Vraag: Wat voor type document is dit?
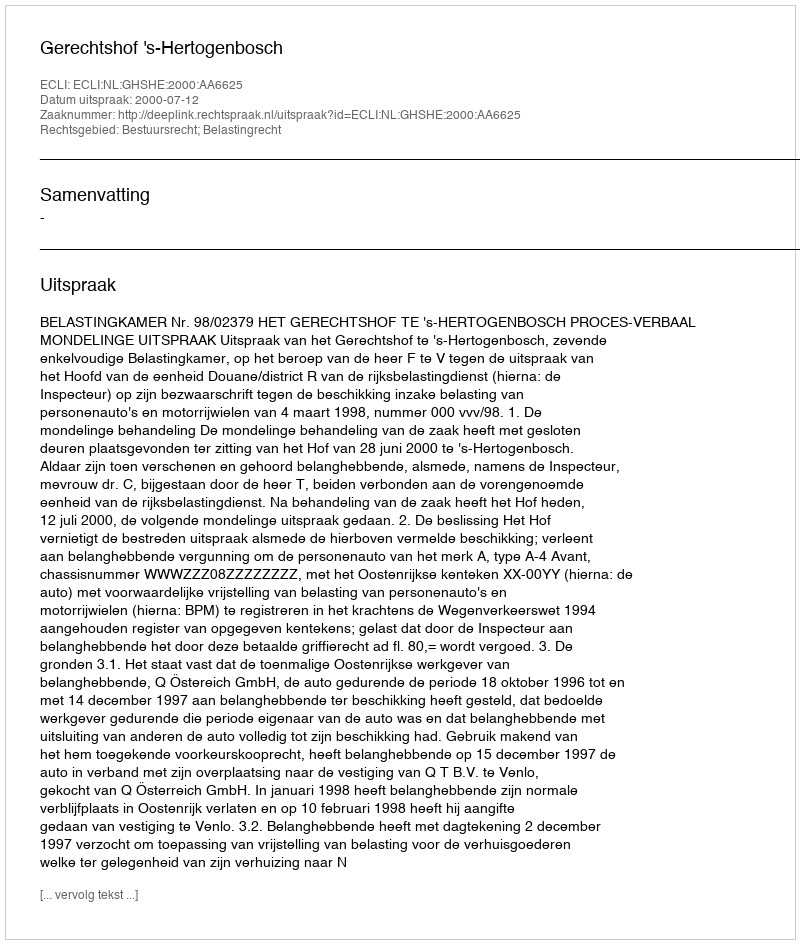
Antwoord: Uitspraak